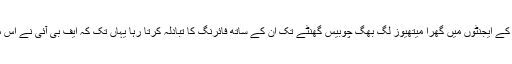
سر پر ہیلی کاپٹر اور زمین پر ہر طرف سے ایف بی آئی کے ایجنٹوں میں گھرا میتھیوز لگ بھگ چوبیس گھنٹے تک ان کے ساتھ فائرنگ کا تبادلہ کرتا رہا یہاں تک کہ ایف بی آئی نے اس مکان پر آگ لگانے والے دستی بم پھینکنے کا فیصلہ کیا ۔